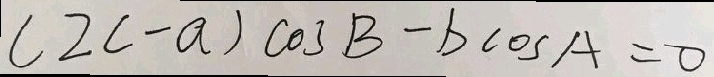
( 2 c - a ) \cos B - b \cos A = 0